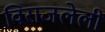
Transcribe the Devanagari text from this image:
विराजलेली